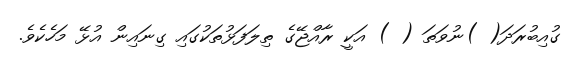
ގުއިބުރަދަ( )ނުވަތަ ( ) އަކީ ރާއްޖޭގެ ތިލަފަޅުތަކުގައި ގިނައިން އުޅޭ މަހެކެވެ.